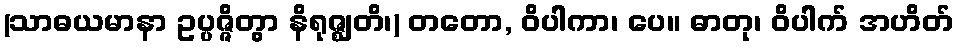
(သာဓယမာနာ ဥပ္ပဇ္ဇိတွာ နိရုဇ္ဈတိ၊) တတော, ဝိပါကာ၊ ပေ။ ဓာတု၊ ဝိပါက် အဟိတ်